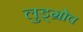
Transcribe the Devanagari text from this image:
लुड्ग्रोव